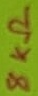
Text: 8KΩ